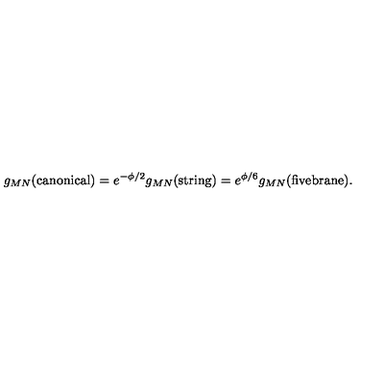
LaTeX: { g _ { M N } ( \mathrm { c a n o n i c a l } ) = e ^ { - \phi / 2 } g _ { M N } ( \mathrm { s t r i n g } ) = e ^ { \phi / 6 } g _ { M N } ( \mathrm { f i v e b r a n e } ) . }